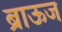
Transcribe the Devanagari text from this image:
ब्राऊज